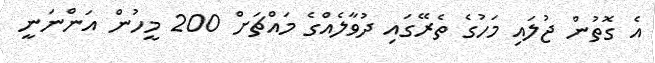
އެ ގޮތުން ޖުލައި މަހުގެ ތެރޭގައި ދުވާލެއްގެ މައްޗަށް 200 މީހުން އަންނަނީ